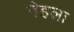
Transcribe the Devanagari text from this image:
नेहला